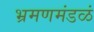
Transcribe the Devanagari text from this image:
भ्रमणमंडळं